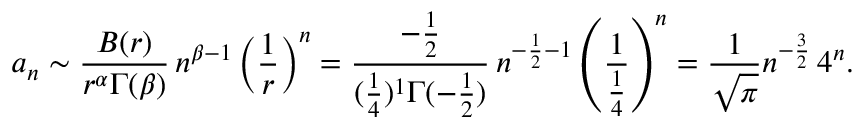
a _ { n } \sim { \frac { B ( r ) } { r ^ { \alpha } \Gamma ( \beta ) } } \, n ^ { \beta - 1 } \left( { \frac { 1 } { r } } \right) ^ { n } = { \frac { - { \frac { 1 } { 2 } } } { ( { \frac { 1 } { 4 } } ) ^ { 1 } \Gamma ( - { \frac { 1 } { 2 } } ) } } \, n ^ { - { \frac { 1 } { 2 } } - 1 } \left( { \frac { 1 } { \frac { 1 } { 4 } } } \right) ^ { n } = { \frac { 1 } { \sqrt { \pi } } } n ^ { - { \frac { 3 } { 2 } } } \, 4 ^ { n } .